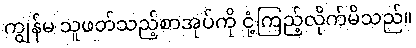
ကျွန်မ သူဖတ်သည့်စာအုပ်ကို ငုံ့ကြည့်လိုက်မိသည်။